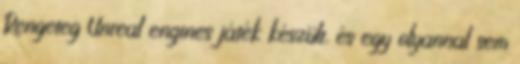
Rengeteg Unreal engines játék készült, és egy olyannal sem